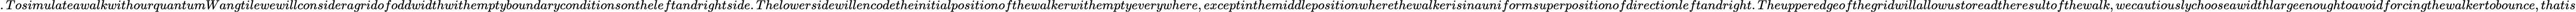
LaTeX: .TosimulateawalkwithourquantumWangtilewewillconsideragridofoddwidthwithemptyboundaryconditionsontheleftandrightside.Thelowersidewillencodetheinitialpositionofthewalkerwithemptyeverywhere,exceptinthemiddlepositionwherethewalkerisinauniformsuperpositionofdirectionleftandright.Theupperedgeofthegridwillallowustoreadtheresultofthewalk,wecautiouslychooseawidthlargeenoughtoavoidforcingthewalkertobounce,thatis